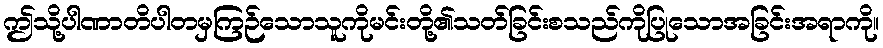
ဤသို့ပါဏာတိပါတမှကြဉ်သောသူကိုမင်းတို့၏သတ်ခြင်းစသည်ကိုပြုသောအခြင်းအရာကို။